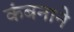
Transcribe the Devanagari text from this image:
कंबनाने